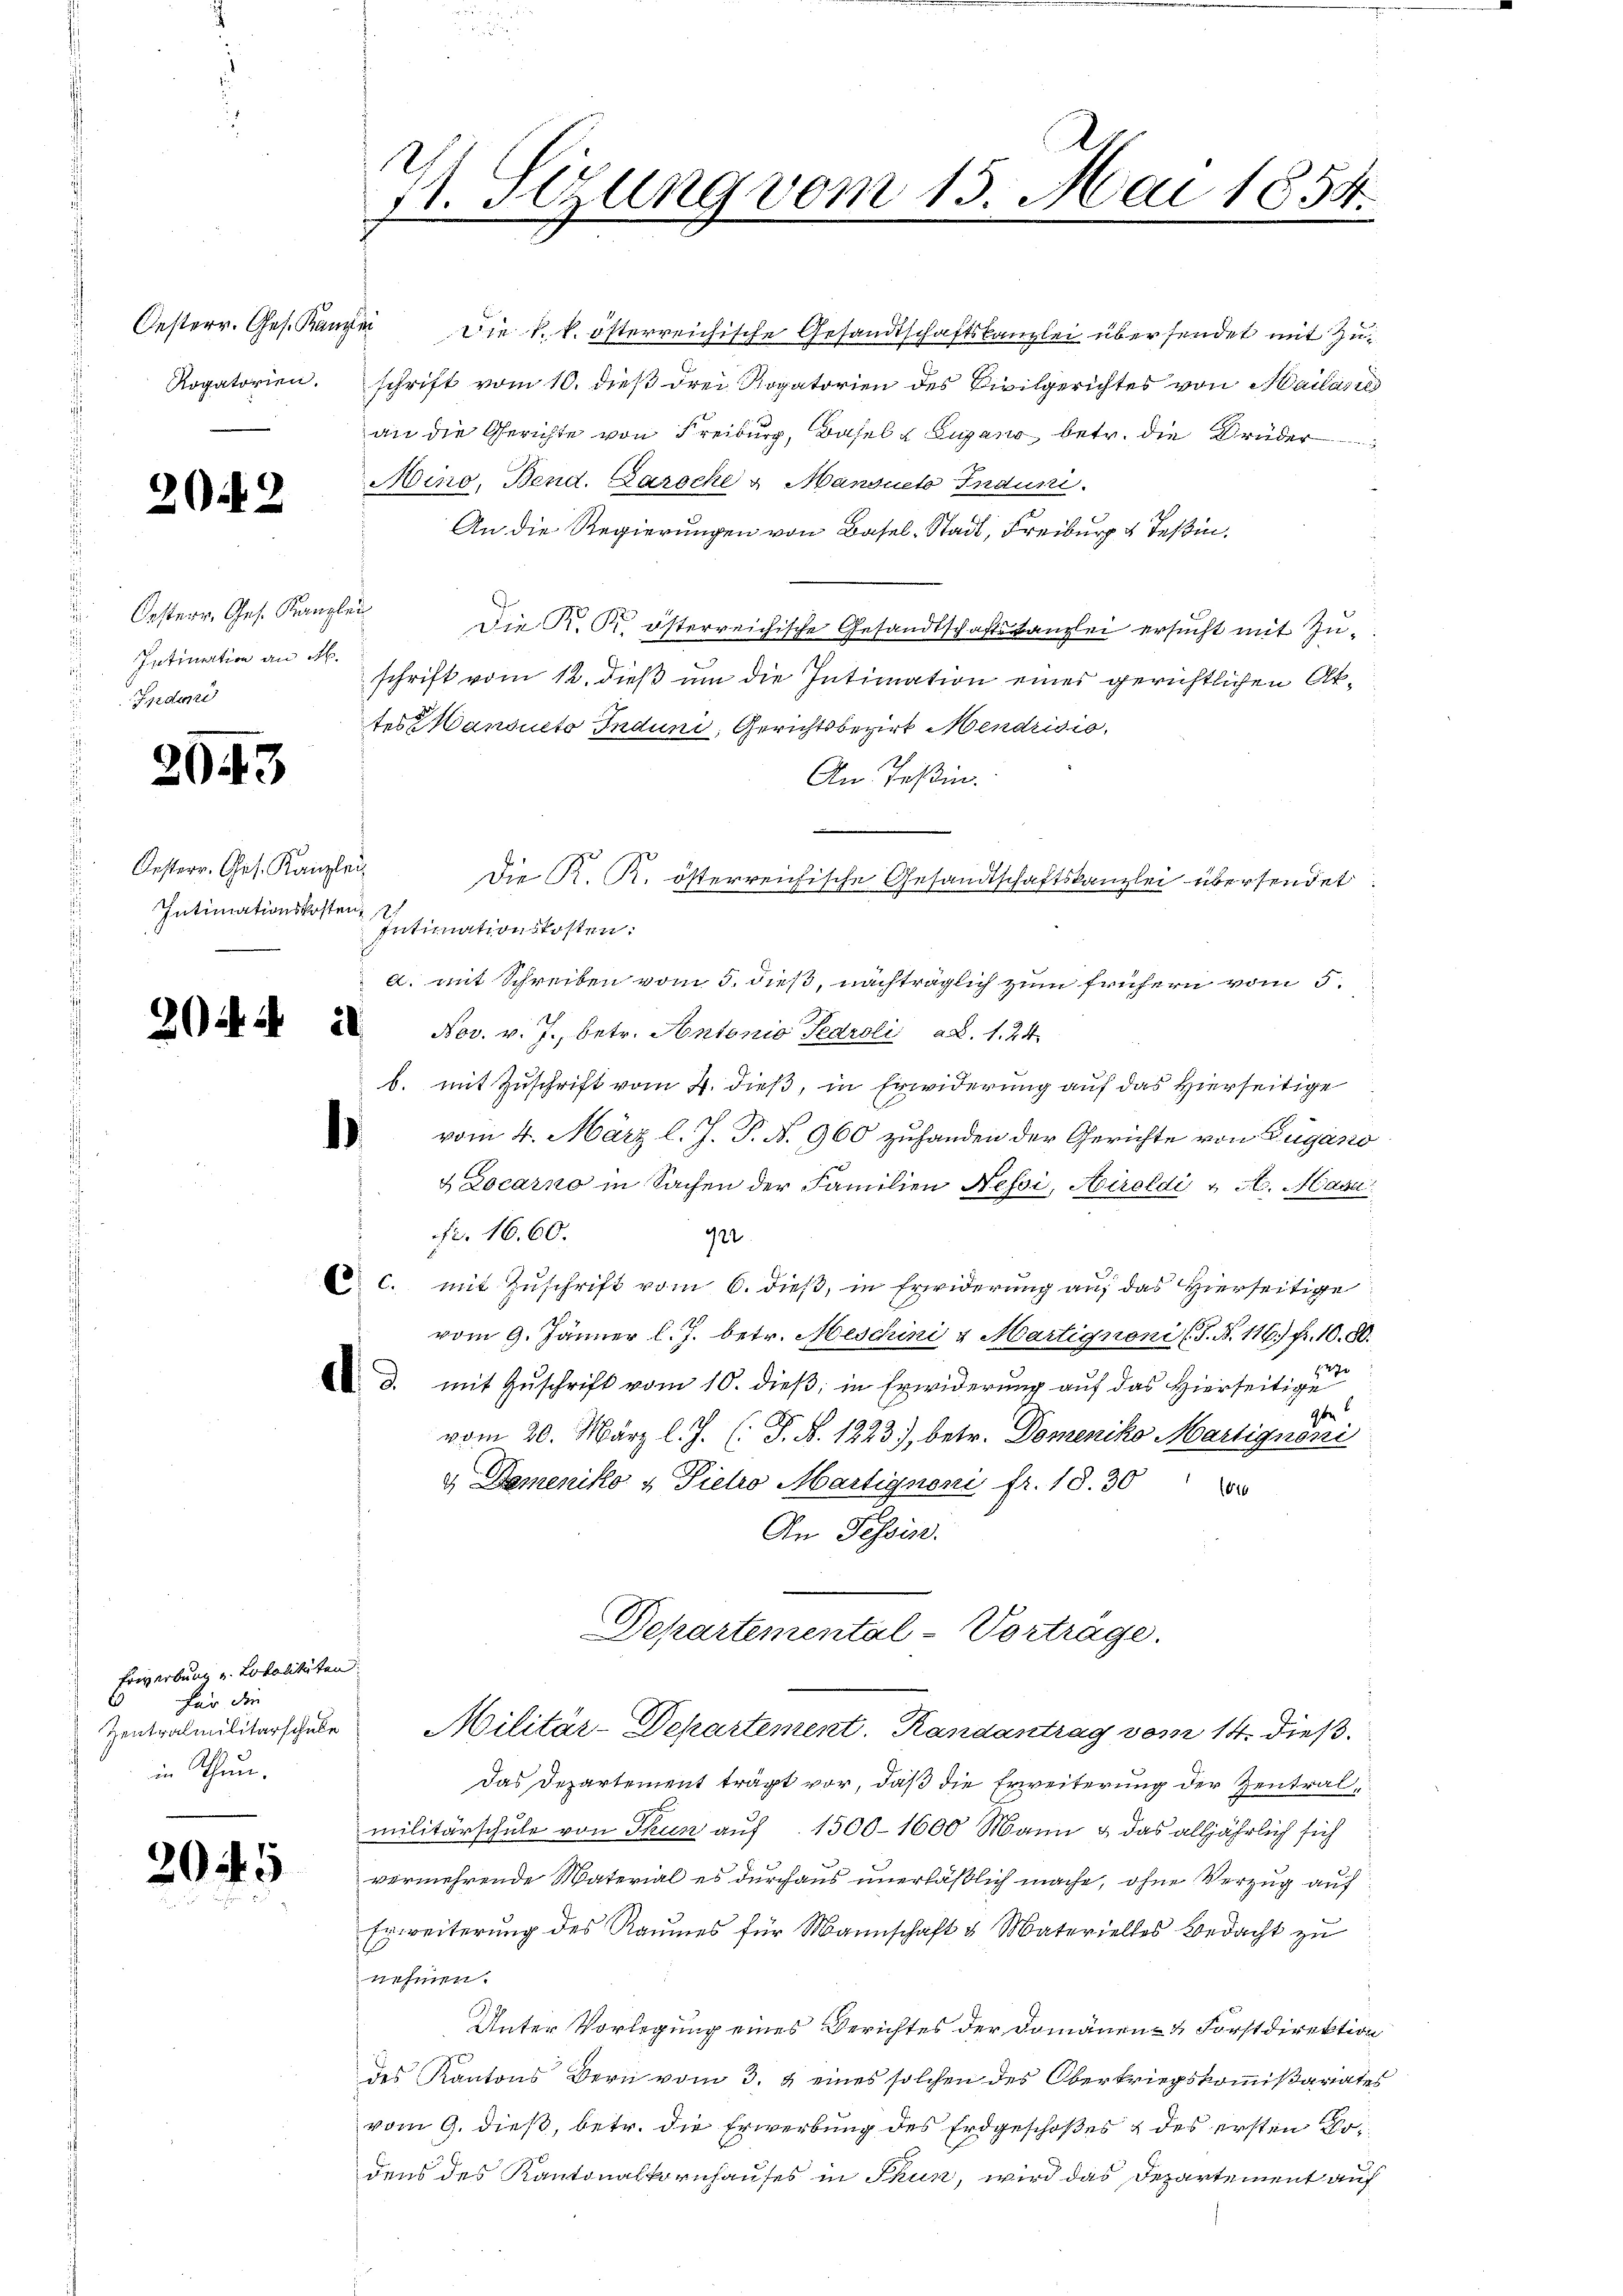
2042

Oesterr. Ges. Kanzlei
Intimation an M.
Indun

2043

Oesterr. Ges. Kanzlei
Intimationskosten,

Erwerbung u. Lokalitäten.
für die
Zentralmilitärschule
in Thun.

2045

71. Sizung vom 15. Mai 1854.

Oesterr. Ges. Kanzlei Die k. k. österreichische Gesandtschaftskanzlei übersendet mit Zu¬
Rogatorien. schrift vom 10. dieβ drei Rogatorien des Civilgerichtes von Mailasie
an die Gerichte von Freiburg, Basel u. Lugano betr. die Brüder
Mino, Bend. Barsche u. Mansueto Induni
An die Regierungen von Basel-Stadt, Freiburg u Teßin.
Die K. K. österreichische Gesandtschaftskanzlei ersucht mit Zuschrift vom 12. dieß um die Intimation eines gerichtlichen Aktes ansucto Induni, Gerichtsbezirk Mendrisio
An Teßin.
Die K. R. österreichische Gesandtschaftskanzlei übersendet.
Intimationskosten.
a. mit Schreiben vom 5. dieß, nachträglich zum frühern vom 5.
 2 Nov. v. J., betr. Antonio Karoli d. 1. 24.
b. mit Zuschrift vom 4. dieß, in Erwiderung auf das Hierseitige
vom 4. März l. J. P. N. 960 zuhanden der Gerichte von Zugano
& Locarno in Sachen der Familien Nessi, Airoldi & H. Masa
fr. 1660.
922
 c. mit Zuschrift vom 6. dieß, in Erwiderung auf das Hierseitige
vom 9. Jänner l. J. betr. Meschini v. Martignoni (S. N. 116.) Fr. 10. 80.
47
d. mit Zŭschrift vom 10. dieß, in Erwiderung auf das hierseitige
9be
vom 20. März l. J. (: P. N. 1223), betr. Domeniko Martignoni
u Domeniko u Piehro Martignoni fr. 18. 30
An Tessin.
Departemental-Vorträge.
Militär-Departement. Randantrag vom 14. dieß
Das Departement trägt vor, daß die Erweiterung der Zentralmilitärschule von Thun auf 1500-1600 Mann & das alljährlich sich
vermehrende Material es durchaus unerläßlich mache, ohne Verzug auf
Erweiterung des Raumes für Mannschaft & Materielles Bedacht zu
nehmen.
Unter Vorlegung eines Berichtes der Domänen- & Forstdirektion
des Kantons Bern vom 3. & eines solchen des Oberkriegskommißariates
vom 9. dieß, betr. die Erwerbung des Erdgeschoßes & des ersten Kodens des Kantonalkornhauses in Thun, wird das Departement auf